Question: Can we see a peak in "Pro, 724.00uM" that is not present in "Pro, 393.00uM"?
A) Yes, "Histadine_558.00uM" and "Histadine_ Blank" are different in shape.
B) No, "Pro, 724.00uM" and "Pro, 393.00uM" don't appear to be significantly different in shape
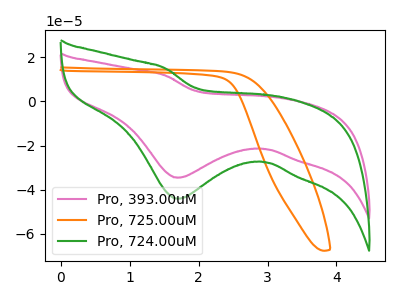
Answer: <think>The pink curve "Pro, 393.00uM" has a cathodic peak at: (1.70V, -34.55uA). The orange curve "Pro, 725.00uM" has no peaks. The green curve "Pro, 724.00uM" has a cathodic peak at: (1.70V, -44.05uA).
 All the peaks in "Pro, 724.00uM" have a peak in "Pro, 393.00uM" at the same potential. Every peak in "Pro, 724.00uM" is higher than every peak in "Pro, 393.00uM".</think>
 <answer>B) No, "Pro, 724.00uM" and "Pro, 393.00uM" don't appear to be significantly different in shape</answer>
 <eval>B</eval>